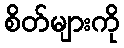
စိတ်များကို